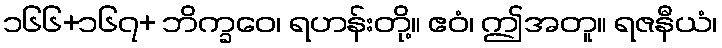
၁၆၆+၁၆၇+ ဘိက္ခဝေ၊ ရဟန်းတို့။ ဧဝံ၊ ဤအတူ။ ရဇနီယံ၊